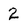
Character: 2